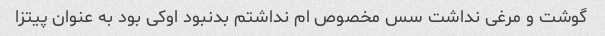
گوشت و مرغی نداشت سس مخصوص ام نداشتم بدنبود اوکی بود به عنوان پیتزا